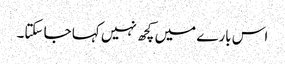
اس بارے میں کچھ نہیں کہا جا سکتا۔